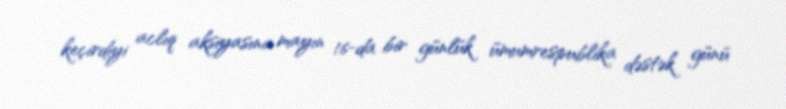
keçirdiyi aclıq aksiyasına mayın 16-da bir günlük ümumrespublika dəstək günü